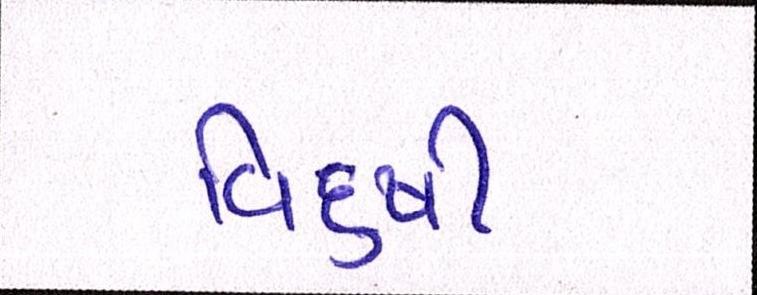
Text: વિદુષી